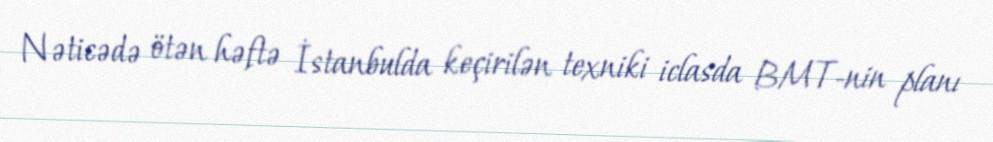
Nəticədə ötən həftə İstanbulda keçirilən texniki iclasda BMT-nin planı